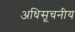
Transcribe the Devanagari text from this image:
अधिसूचनीय